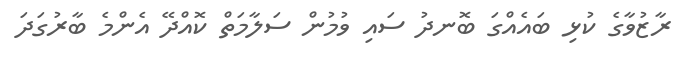
ރާޒުވާގެ ކުޅި ބައެއްގަ ބޮނދު ސައި ވުމުން ސަލާމަތް ކޮއްދޭ އެންމެ ބާރުގަދަ